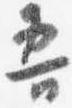
吾